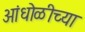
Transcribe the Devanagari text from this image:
आंधोळीच्या